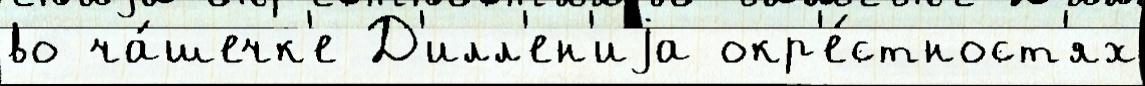
во ча́шечк'е Д'илл'ен'иjа окр'е́стност'ях